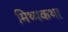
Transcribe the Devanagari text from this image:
मिथ्यकथा